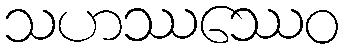
သဟဿဿေဝ